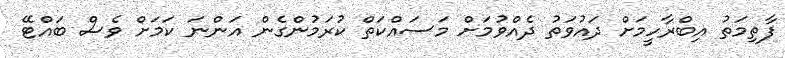
ފާތިމަތު އިބްރާހީމަށް ދައުވަތު ދެއްވުމަށް މަސައްކަތް ކުރަމުންގެން އަންނަ ކަމަށް ވެސް ބައްޓޭ